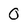
Character: 0